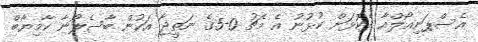
އެސްޕަނިއޯލްއާ ދެކޮޅަށް ކުޅުނު އެ މެޗު 0-5ގެ ނަތީޖާ އަކުން ބާސެލޯނާ ކާމިޔާބް